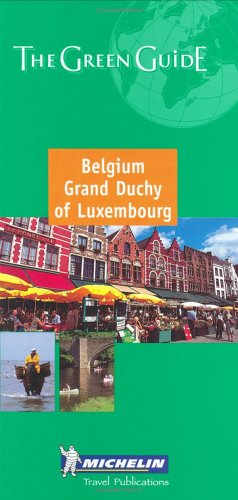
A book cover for Michelin the Green Guide Belgium/Grand Duchy of Luxembourg (Michelin Green Guides); Michelin Travel Publications; Travel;